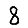
Digit: 8